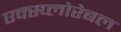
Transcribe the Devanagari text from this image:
एक्स्प्लोरेबल